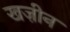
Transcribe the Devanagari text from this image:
खज़ीन